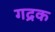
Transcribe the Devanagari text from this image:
गद्रक